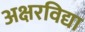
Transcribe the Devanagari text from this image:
अक्षरविद्या